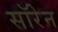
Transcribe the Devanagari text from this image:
सॉरेन